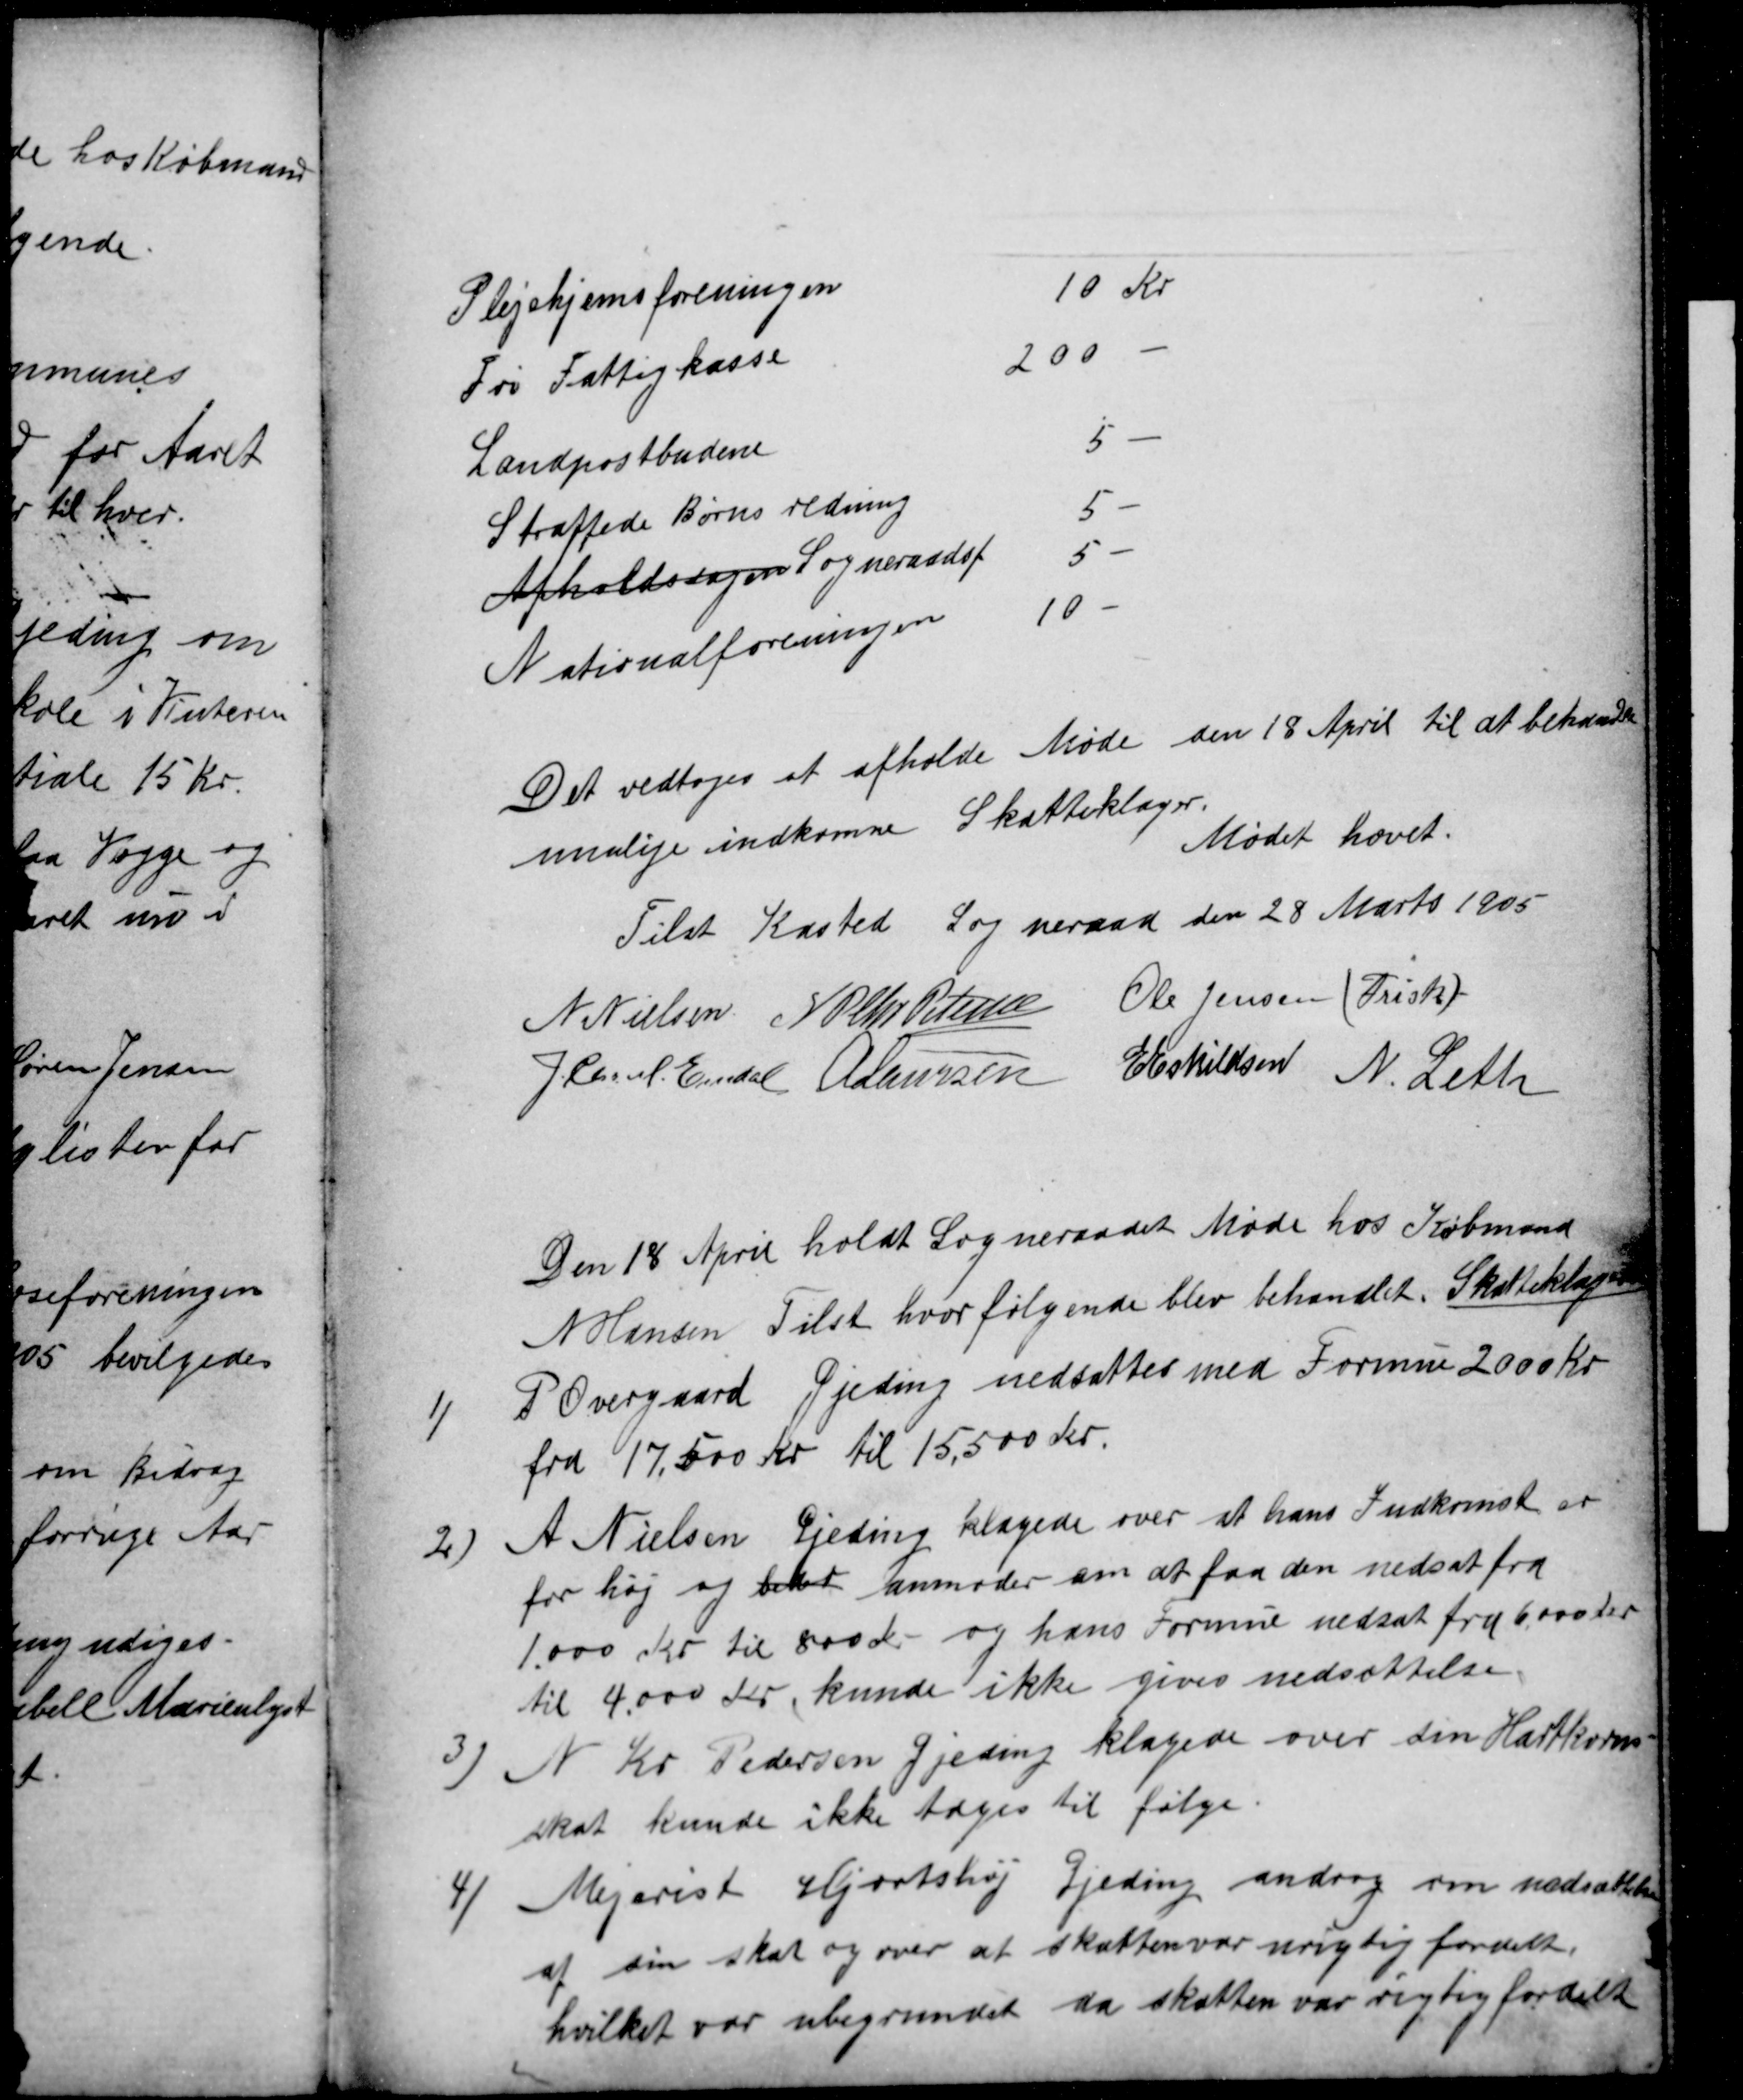
Transskription:
Plejehjemsforeningen
10 Kr
Fri Fattigkasse
200
Landpostbudene
5
Straffede Børns redning
5-
Afholdssagen Sogneraadsf
5-
Nationalforeningen
10-
Det vedtoges at afholde Møde den 18 April til at behandle
mulige indkomne Skatteklager.
Mødet hævet.
Tilst Kasted Sogneraad den 28 Marts 1905
N Nielsen N P Chr Petersen Ole Jensen (Frisk)
J. Chr. M. Emdal A Laursen E Eskildsen N. Leth
Den 18 April holdt Sogneraadet Møde hos Købmand
N Hansen Tilst hvor følgende blev behandlet. Skatteklager
1)
P Overgaard Gjeding nedsattes med Formue 2000 Kr.
fra 17,500 Kr til 15,500 Kr.
2
A Nielsen Gjeding klagede over at hans Indkomst er
for høj og beder anmoder om at faa den nedsat fra
1.000 Kr til 800 Kr og hans Formue nedsat fra 6.000 Kr
til 4.000 Kr, kunde ikke gives nedsættelse.
3
N Kr Pedersen Gjeding klagede over sin Hartkorns-
skat kunde ikke tages til følge.
4/
Mejerist Hjortshøj Gjeding androg om nedsættelse
af sin skat og over at skatten var urigtig fordelt.
hvilket var ubegrundet da skatten var rigtig fordelt